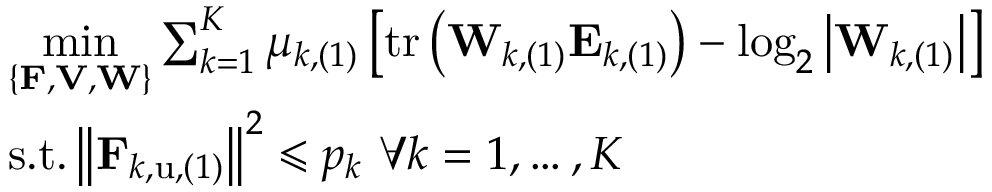
\begin{array} { r l } & { \underset { \left\{ \mathbf { F } , \mathbf { V } , \mathbf { W } \right\} } { \operatorname* { m i n } } \sum _ { k = 1 } ^ { K } { \mu _ { k , ( 1 ) } \left[ \mathrm { t r } \left( \mathbf { W } _ { k , ( 1 ) } \mathbf { E } _ { k , ( 1 ) } \right) - \log _ { 2 } \left| \mathbf { W } _ { k , ( 1 ) } \right| \right] } } \\ & { \mathrm { s } . \mathrm { t } . \left\| \mathbf { F } _ { k , \mathrm { u } , ( 1 ) } \right\| ^ { 2 } \leqslant p _ { k } \, \, \forall k = 1 , \dots , K } \end{array}